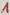
Text: 1